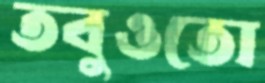
তবুওতো